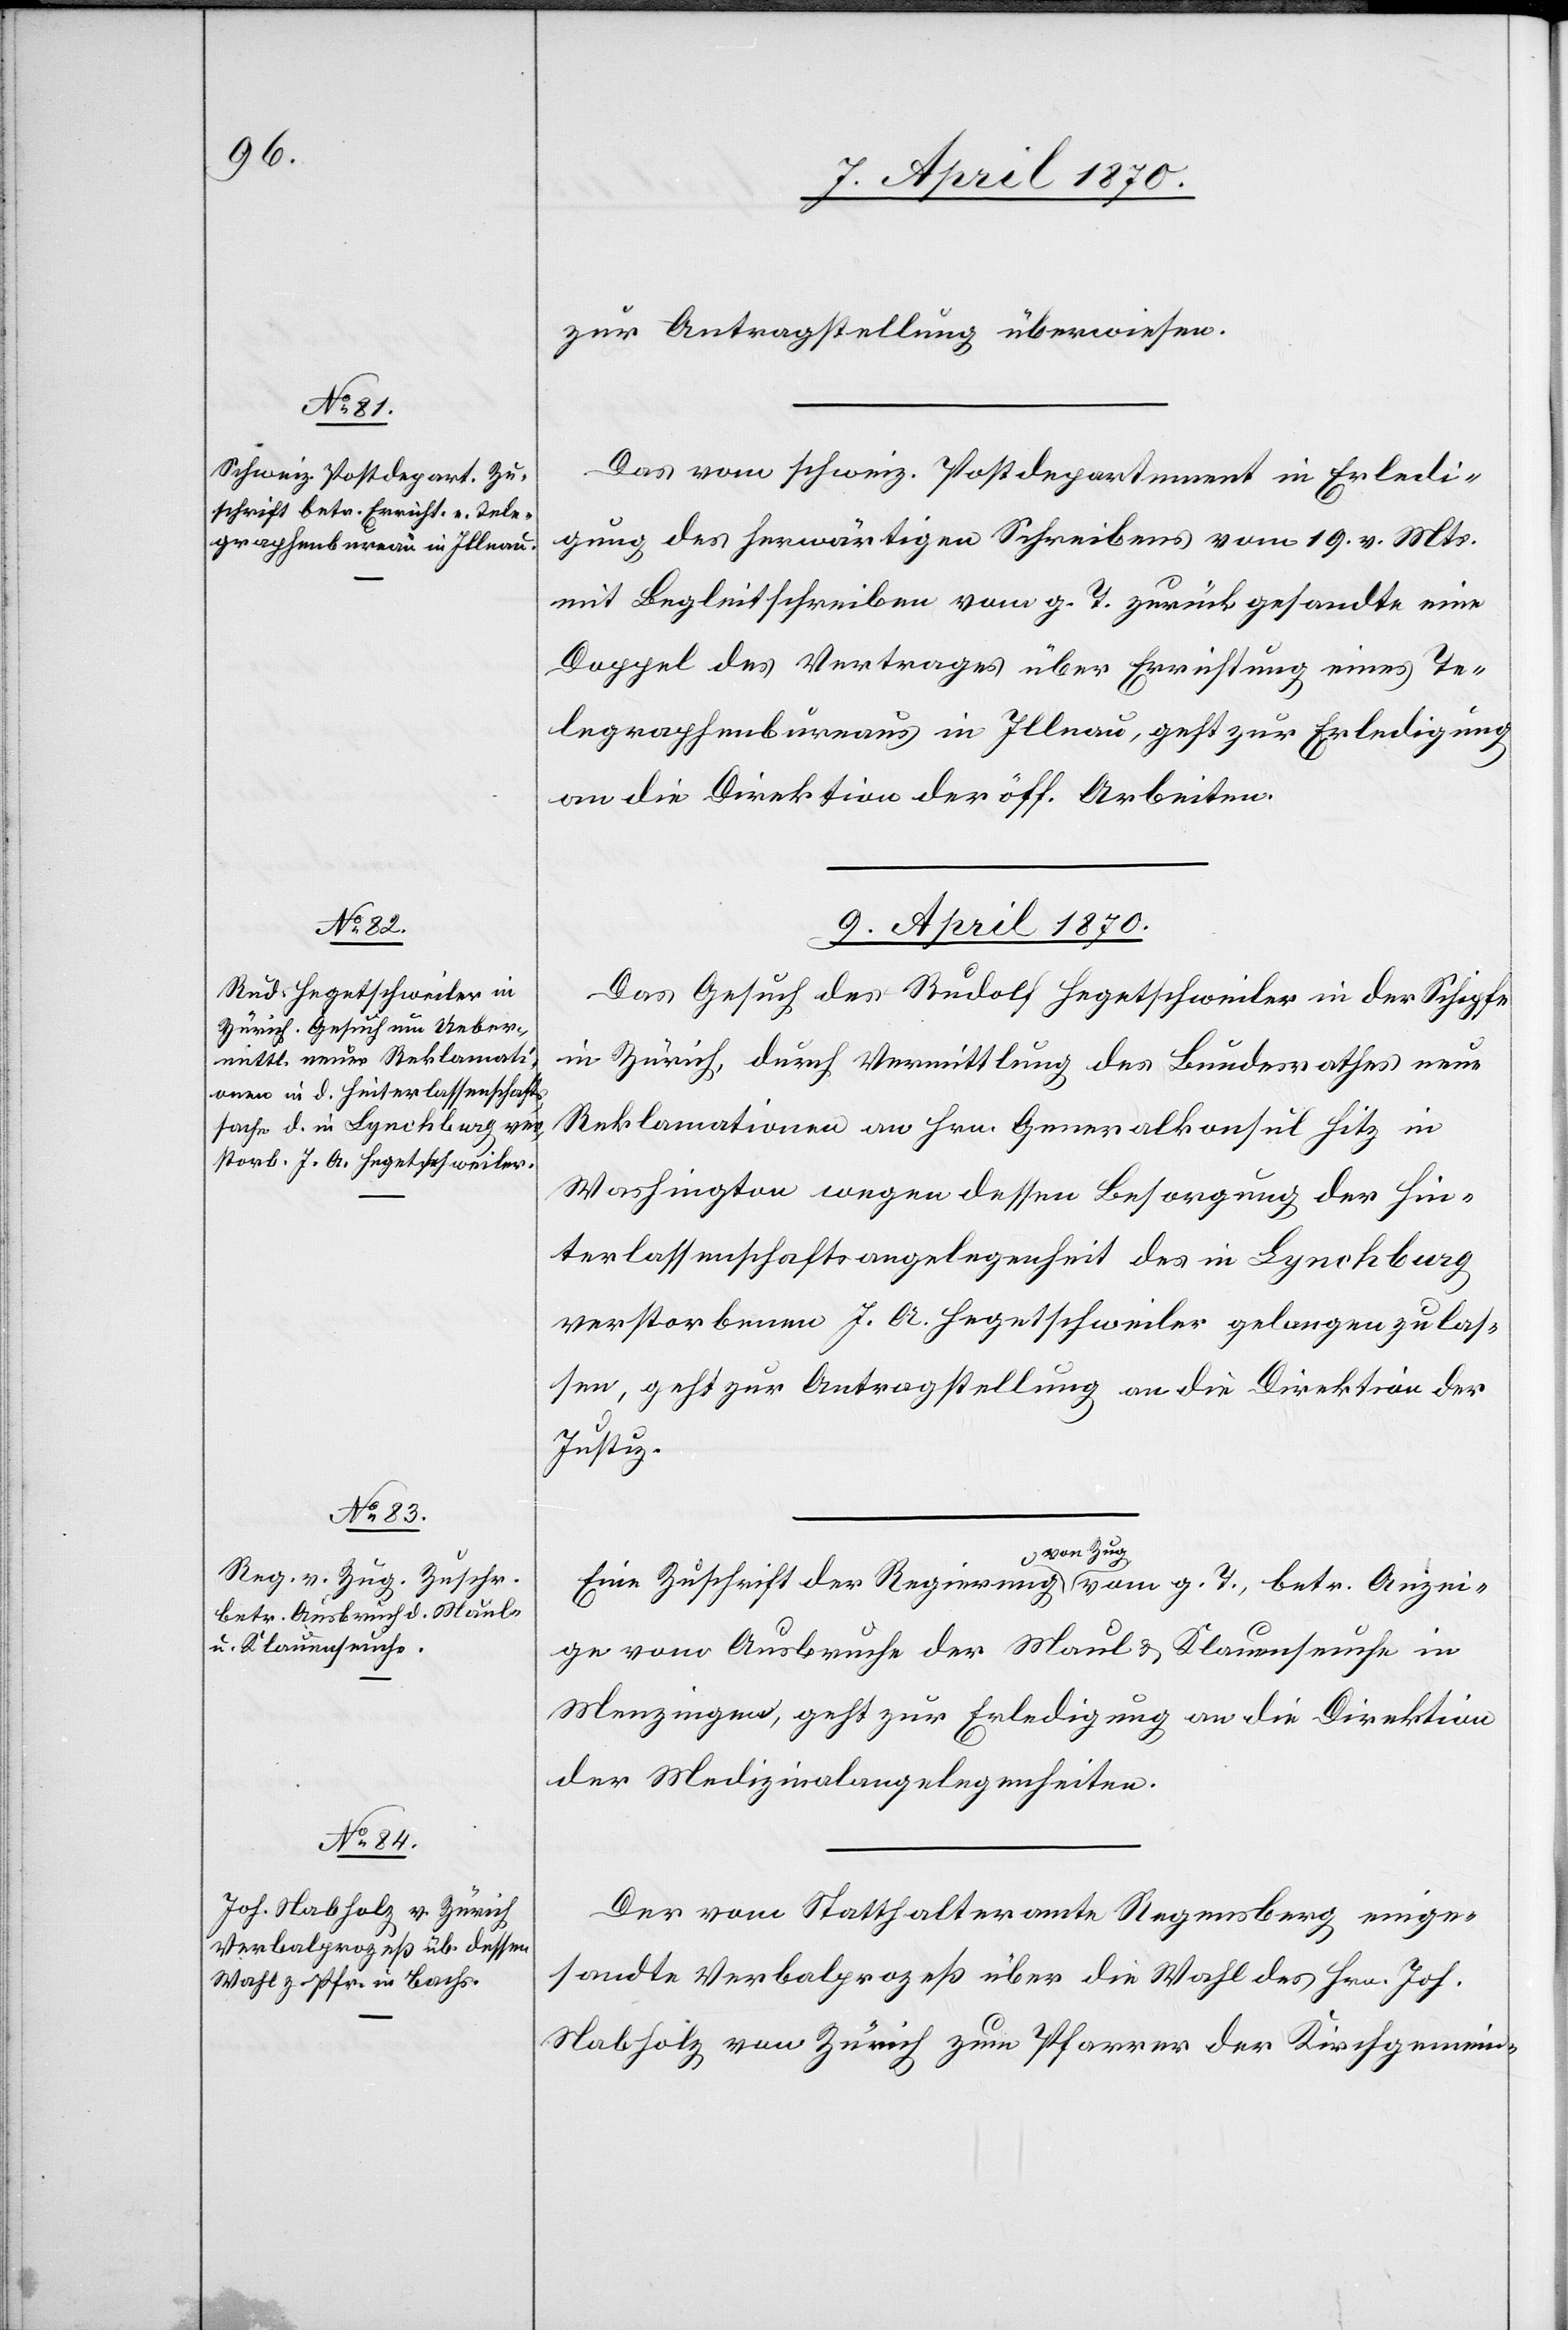
8. April 1870.]
zur Antragstellung überwiesen.
Das vom schweiz. Postdepartement in Erledi¬
gung des herwärtigen Schreibens vom 19. vor. Mts.
mit Begleitschreiben vom g. T. zurückgesandte eine
Doppel des Vertrages über Errichtung eines Te¬
legraphenbureaus in Illnau, geht zur Erledigung
an die Direktion der öff. Arbeiten.
9. April 1870.]
Das Gesuch des Rudolf Hegetschweiler in der Schipfe
in Zürich, durch Vermittlung des Bundesrathes neue
Reklamationen an Hrn. Generalkonsul Hitz in
Washington wegen dessen Besorgung der Hin¬
terlassenschaftsangelegenheit des in Lynchburg
verstorbenen J. A. Hegetschweiler gelangen zu las¬
sen, geht zur Antragstellung an die Direktion der
Justiz.
Eine Zuschrift der Regierung von Zug vom g. T., betr. Anzei¬
ge vom Ausbruche der Maul- & Klauenseuche in
Menzingen, geht zur Erledigung an die Direktion
der Medizinalangelegenheiten.
Der vom Statthalteramte Regensberg einge¬
sandte Verbalprozeß über die Wahl des Hrn. Joh.
Nabholz von Zürich zum Pfarrer der Kirchgemein-